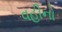
વહીનો